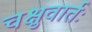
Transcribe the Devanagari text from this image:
चक्षुवार्तः